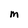
Character: m